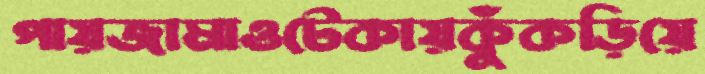
পায়জামাওটেকায়কুঁকড়িয়ে